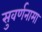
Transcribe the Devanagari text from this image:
सुवर्णनामा